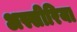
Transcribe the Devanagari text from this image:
अस्सीरिया